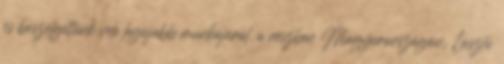
és beszélgettünk vele legújabb munkájáról, a részben Magyarországon, László